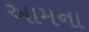
આમના